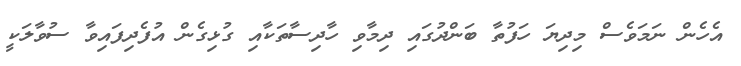
އެހެން ނަމަވެސް މިދިޔަ ހަފުތާ ބަންދުގައި ދިމާވި ހާދިސާތަކާއި ގުޅިގެން އުފެދިފައިވާ ސުވާލަކީ